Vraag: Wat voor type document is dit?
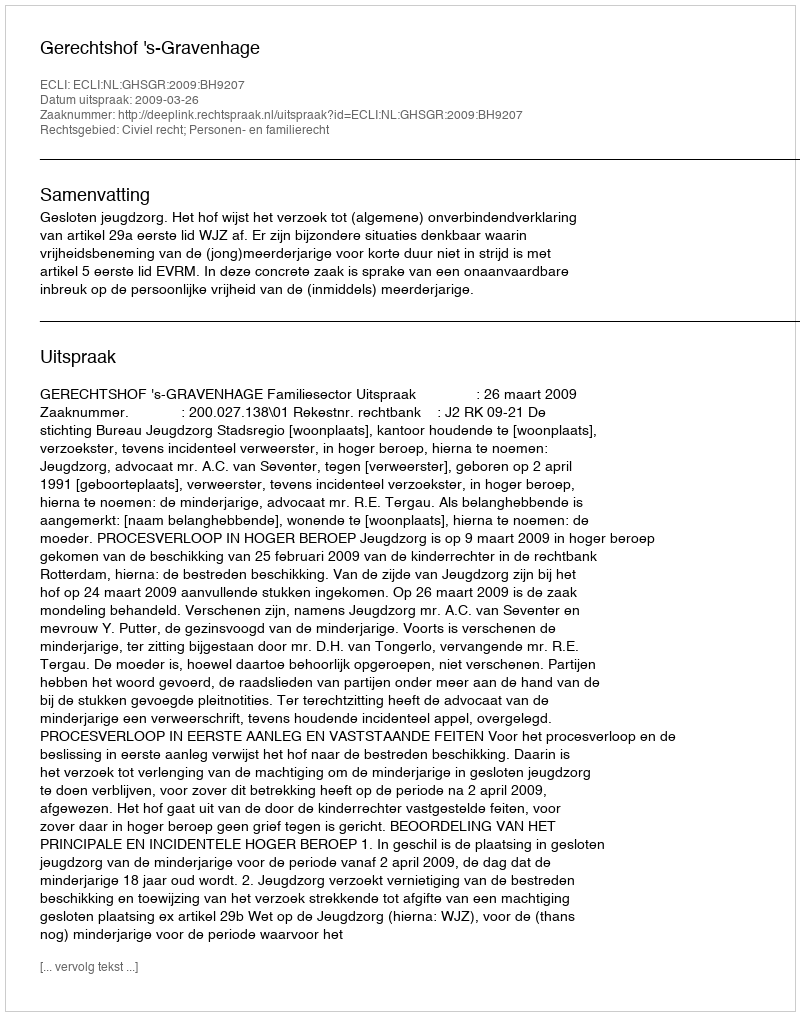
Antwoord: Uitspraak